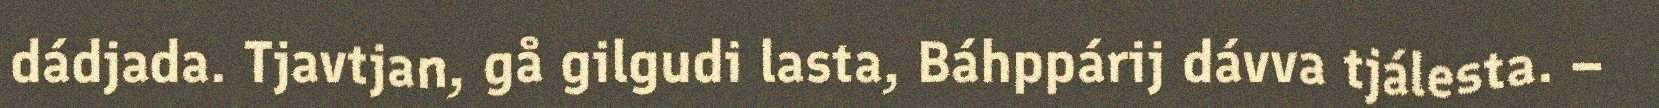
dádjada. Tjavtjan, gå gilgudi lasta, Báhppárij dávva tjálesta. –